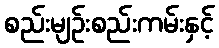
စည်းမျဉ်းစည်းကမ်းနှင့်